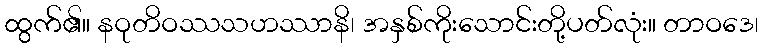
ထွက်၏။ နဝုတိဝဿသဟဿာနိ၊ အနှစ်ကိုးသောင်းတို့ပတ်လုံး။ တာဝဒေ၊